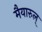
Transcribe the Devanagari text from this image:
मैयारुल्